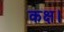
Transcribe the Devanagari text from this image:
कक्ष।